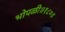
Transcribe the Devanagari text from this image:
भोपळी॥१८०॥